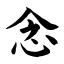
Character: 念